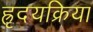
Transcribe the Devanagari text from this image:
ह्रृदयक्रिया